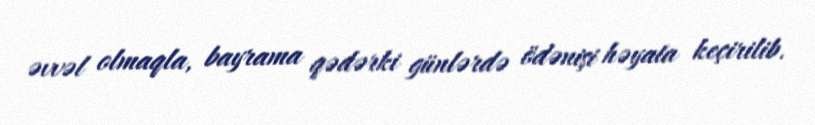
əvvəl olmaqla, bayrama qədərki günlərdə ödənişi həyata keçirilib.